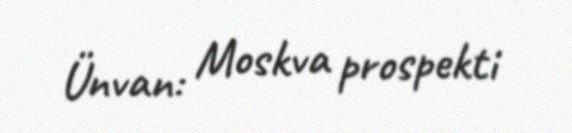
Ünvan: Moskva prospekti